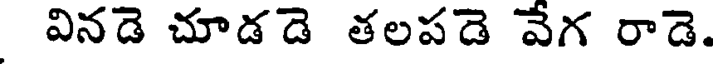
వినడె చూడడె తలపడె వేగ రాడె.